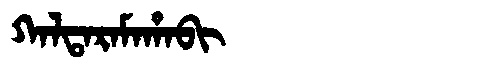
Manchu: ᡴᠠᠯᡨᠠᡵᠠᠮᠠᡥᠠᠪᡳ
Romanization: KALTARAMAHABI